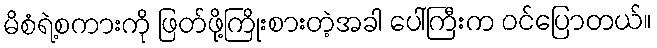
မိစံရဲ့စကားကို ဖြတ်ဖို့ကြိုးစားတဲ့အခါ ပေါ်ကြီးက ဝင်ပြောတယ်။